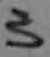
Text: 3